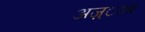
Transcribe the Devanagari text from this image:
अज़्ााब